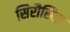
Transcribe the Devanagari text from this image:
सिरौसिस